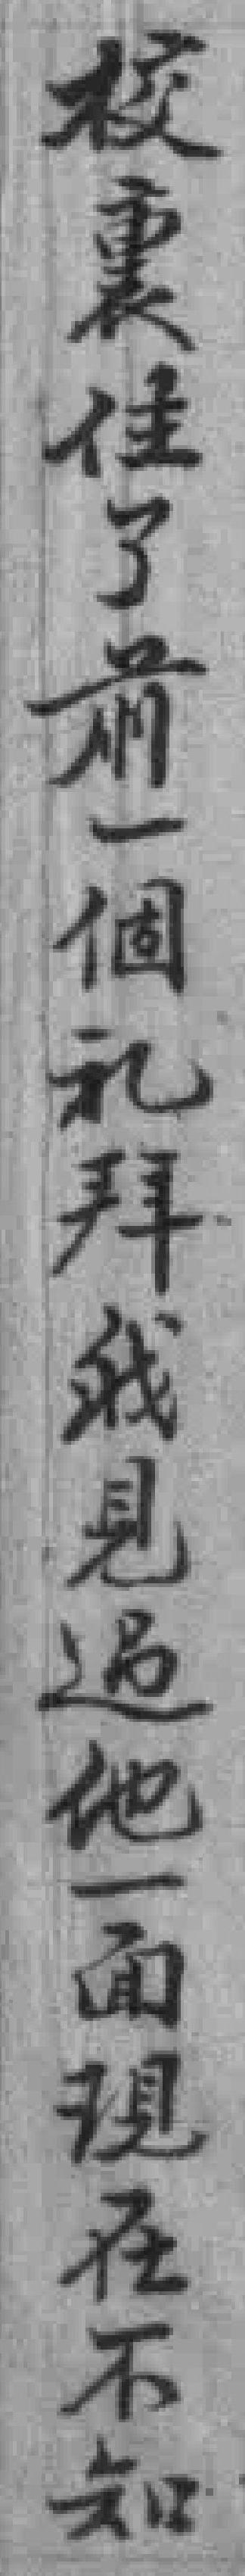
校裹住了前一個礼拜我見過他一面現在不知